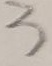
3